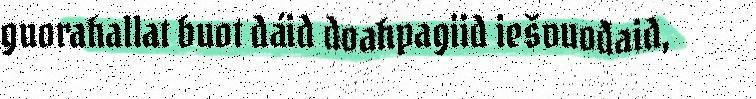
guorahallat buot dáid doahpagiid iešvuođaid,